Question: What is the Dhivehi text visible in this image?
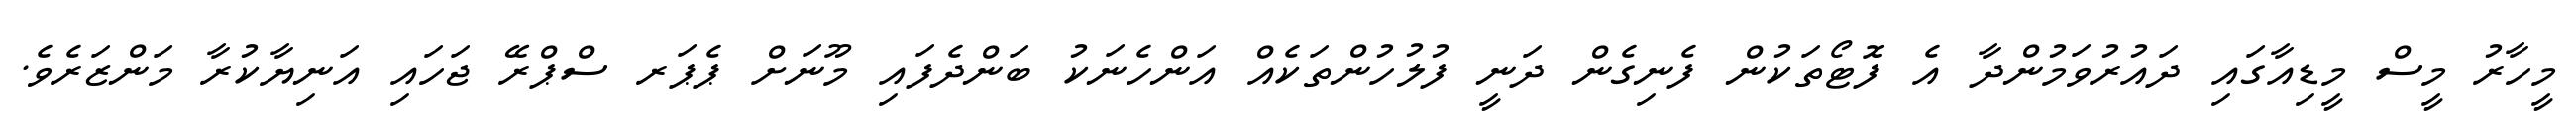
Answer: މީހާރު މީސް މީޑިއާގައި ދައުރުވަމުންދާ އެ ފޮޓޯތަކުން ފެނިގެން ދަނީ ފުލުހުންތަކެއް އަންހެނަކު ބަންދެފައި މޫނަށް ޕެޕަރ ސްޕްރޭ ޖަހައި އަނިޔާކުރާ މަންޒަރެވެ.